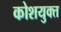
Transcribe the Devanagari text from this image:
कोशयुक्त